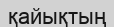
қайықтың